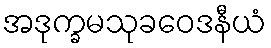
အဒုက္ခမသုခဝေဒနီယံ